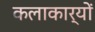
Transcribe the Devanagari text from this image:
कलाकार्यों